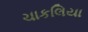
ચાકલિયા